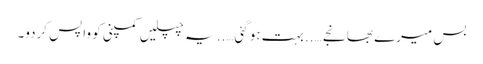
بس میرے بھانجے ….. بہت ہوگئی….. یہ چپلیں کمپنی کو واپس کردو۔